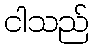
ငါသည်